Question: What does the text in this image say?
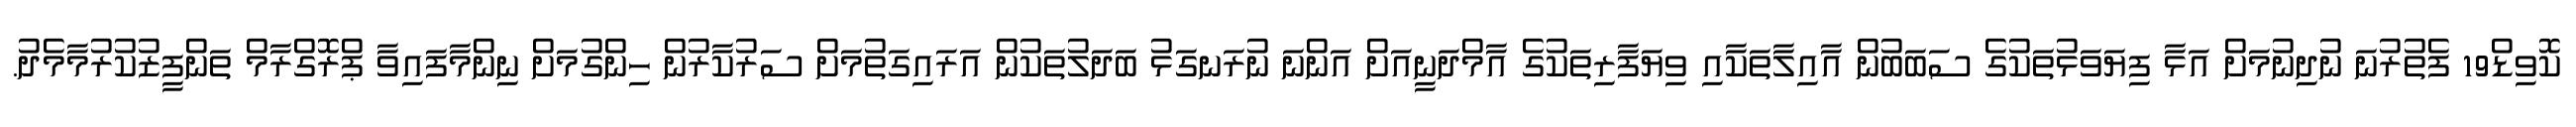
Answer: ކޮވިޑް19 ފެތުރުނަ ނުދިނުމަށް އަޅާ ފިޔަވަޅުތަކުގެ ސަބަބުން އާއިލާތަކާއި ވިޔަފާރިތަކުގެ އާމްދަނީއަށް އަންނަ ނުރަނގަޅު ބަދަލުތަކުން އަރައިގަތުމަށް ސަރުކާރުން ހިންގުމަށް ނިންމާފައިވާ ޕްރޮގްރާމް ތަންފީޒުކުރުމާމެދު.